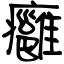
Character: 癰